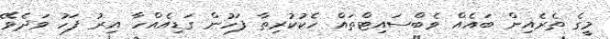
މީގެ ތެރެއިން ބައެއް ވެބްސައިޓްތައް ހެކުކުރިތާ ފަހުން ގަޑިއެއްހާ އިރު ފަހު ވަދެވޭ